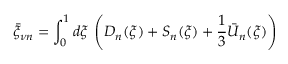
\bar { \xi } _ { \nu n } = \int _ { 0 } ^ { 1 } d \xi \, \left( D _ { n } ( \xi ) + S _ { n } ( \xi ) + { \frac { 1 } { 3 } } \bar { U } _ { n } ( \xi ) \right)